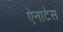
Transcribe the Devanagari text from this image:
ऐनाटेस